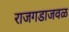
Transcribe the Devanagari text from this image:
राजगडाजवळ